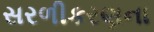
સરળીકરણના